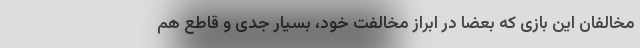
مخالفان این بازی که بعضا در ابراز مخالفت خود، بسیار جدی و قاطع هم